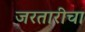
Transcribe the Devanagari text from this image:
जरतारीचा